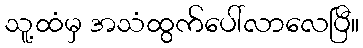
သူ့ထံမှ အသံထွက်ပေါ်လာလေပြီ။